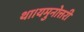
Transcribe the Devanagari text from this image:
था।यमुनोत्तरी